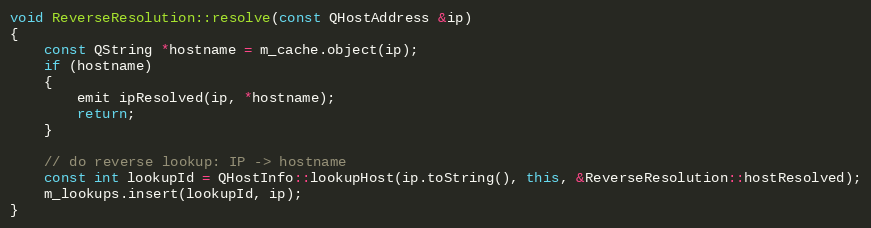
Language: C++
void ReverseResolution::resolve(const QHostAddress &ip)
{
    const QString *hostname = m_cache.object(ip);
    if (hostname)
    {
        emit ipResolved(ip, *hostname);
        return;
    }

    // do reverse lookup: IP -> hostname
    const int lookupId = QHostInfo::lookupHost(ip.toString(), this, &ReverseResolution::hostResolved);
    m_lookups.insert(lookupId, ip);
}